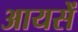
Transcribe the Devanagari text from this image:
आयसें